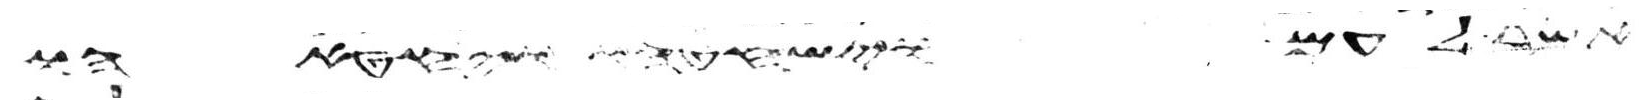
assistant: אשר לעם וישחטהו ויחטאהו